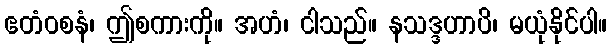
ဧတံဝစနံ၊ ဤစကားကို။ အဟံ၊ ငါသည်။ နသဒ္ဒဟာပိ၊ မယုံနိုင်ပါ။